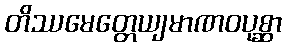
တိဿမေတ္တေယျမာဏဝပုစ္ဆာ